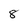
Character: 8